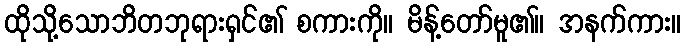
ထိုသို့သောဘိတဘုရားရှင်၏ စကားကို။ မိန့်တော်မူ၏။ အနက်ကား။